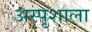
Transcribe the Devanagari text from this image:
अस्पृशाला